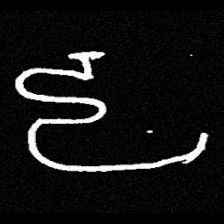
Pyu character \u2014 Myanmar letter: ဠ (romanized: lla)